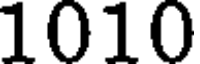
1010